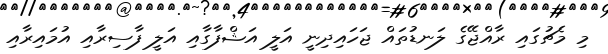
މި މެޗުގައި ރާއްޖޭގެ ލަނޑުތައް ޖަހައިދިނީ އަލީ އަޝްފާގާއި އަލީ ފާސިރާއި އުމައިރާއި